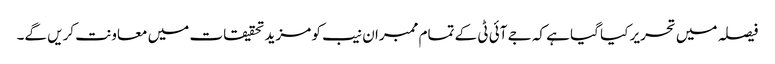
فیصلہ میں تحریر کیا گیا ہے کہ جے آئی ٹی کے تمام ممبران نیب کو مزید تحقیقات میں معاونت کریں گے۔